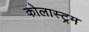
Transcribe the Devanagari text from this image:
कोलास्ट्रम